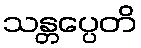
သန္တပ္ပေတိ